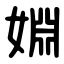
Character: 婣